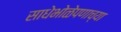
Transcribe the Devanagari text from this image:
साधेभोळेपणाच्या